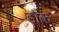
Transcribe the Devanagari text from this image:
डौक